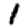
Digit: 1